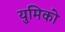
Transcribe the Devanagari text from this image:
युमिको